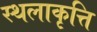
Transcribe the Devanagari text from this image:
स्थलाकृत्ति